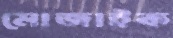
মোজাইক